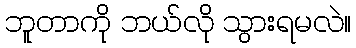
ဘူတာကို ဘယ်လို သွားရမလဲ။